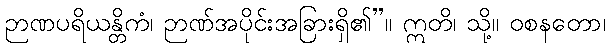
ဉာဏပရိယန္တိကံ၊ ဉာဏ်အပိုင်းအခြားရှိ၏”။ ဣတိ၊ သို့။ ဝစနတော၊